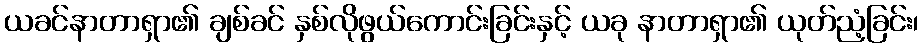
ယခင်နာတာရှာ၏ ချစ်ခင် နှစ်လိုဖွယ်ကောင်းခြင်းနှင့် ယခု နာတာရှာ၏ ယုတ်ညံ့ခြင်း၊